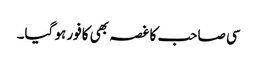
سی صاحب کا غصہ بھی کافور ہو گیا۔